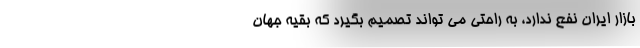
بازار ایران نفع ندارد، به راحتی می تواند تصمیم بگیرد که بقیه جهان